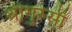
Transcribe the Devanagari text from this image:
श्रीगुरुसी